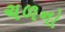
ચળનો